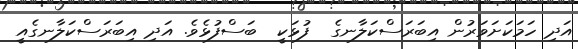
އަދި ހަމަކަށަވަރުން އިބަރަސްކަލާނގެ  ފުޅަކީ  ބަސްފުޅެވެ. އަދި އިބަރަސްކަލާނގެއީ